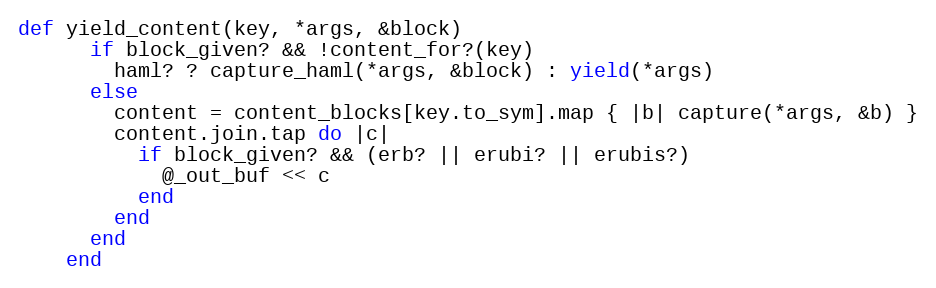
Language: Ruby
def yield_content(key, *args, &block)
      if block_given? && !content_for?(key)
        haml? ? capture_haml(*args, &block) : yield(*args)
      else
        content = content_blocks[key.to_sym].map { |b| capture(*args, &b) }
        content.join.tap do |c|
          if block_given? && (erb? || erubi? || erubis?)
            @_out_buf << c
          end
        end
      end
    end